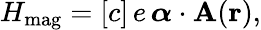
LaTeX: H_{\mathrm{mag}}=[c]\, e\, \boldsymbol\alpha\cdot\mathbf{A}(\mathbf{r}),